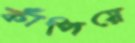
কাঁপিয়ে